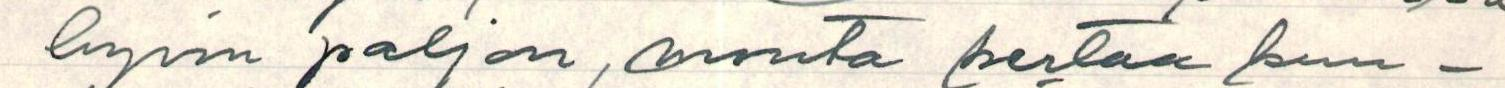
hyvin paljon, monta kertaa kuu-